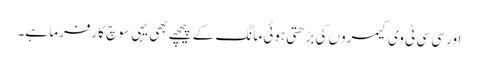
اور سی سی ٹی وی کیمروں کی بڑھتی ہوئی مانگ کے پیچھے بھی یہی سوچ کارفرما ہے۔